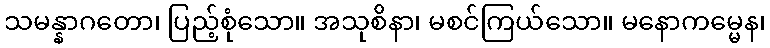
သမန္နာဂတော၊ ပြည့်စုံသော။ အသုစိနာ၊ မစင်ကြယ်သော။ မနောကမ္မေန၊